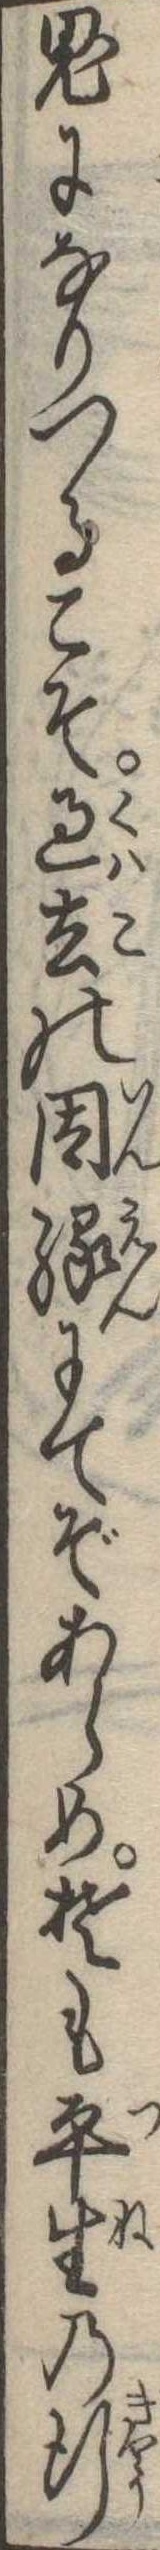
鬼になりつるこそ過去の因縁にてぞあらめそも平生の行